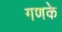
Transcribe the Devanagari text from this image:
गणके